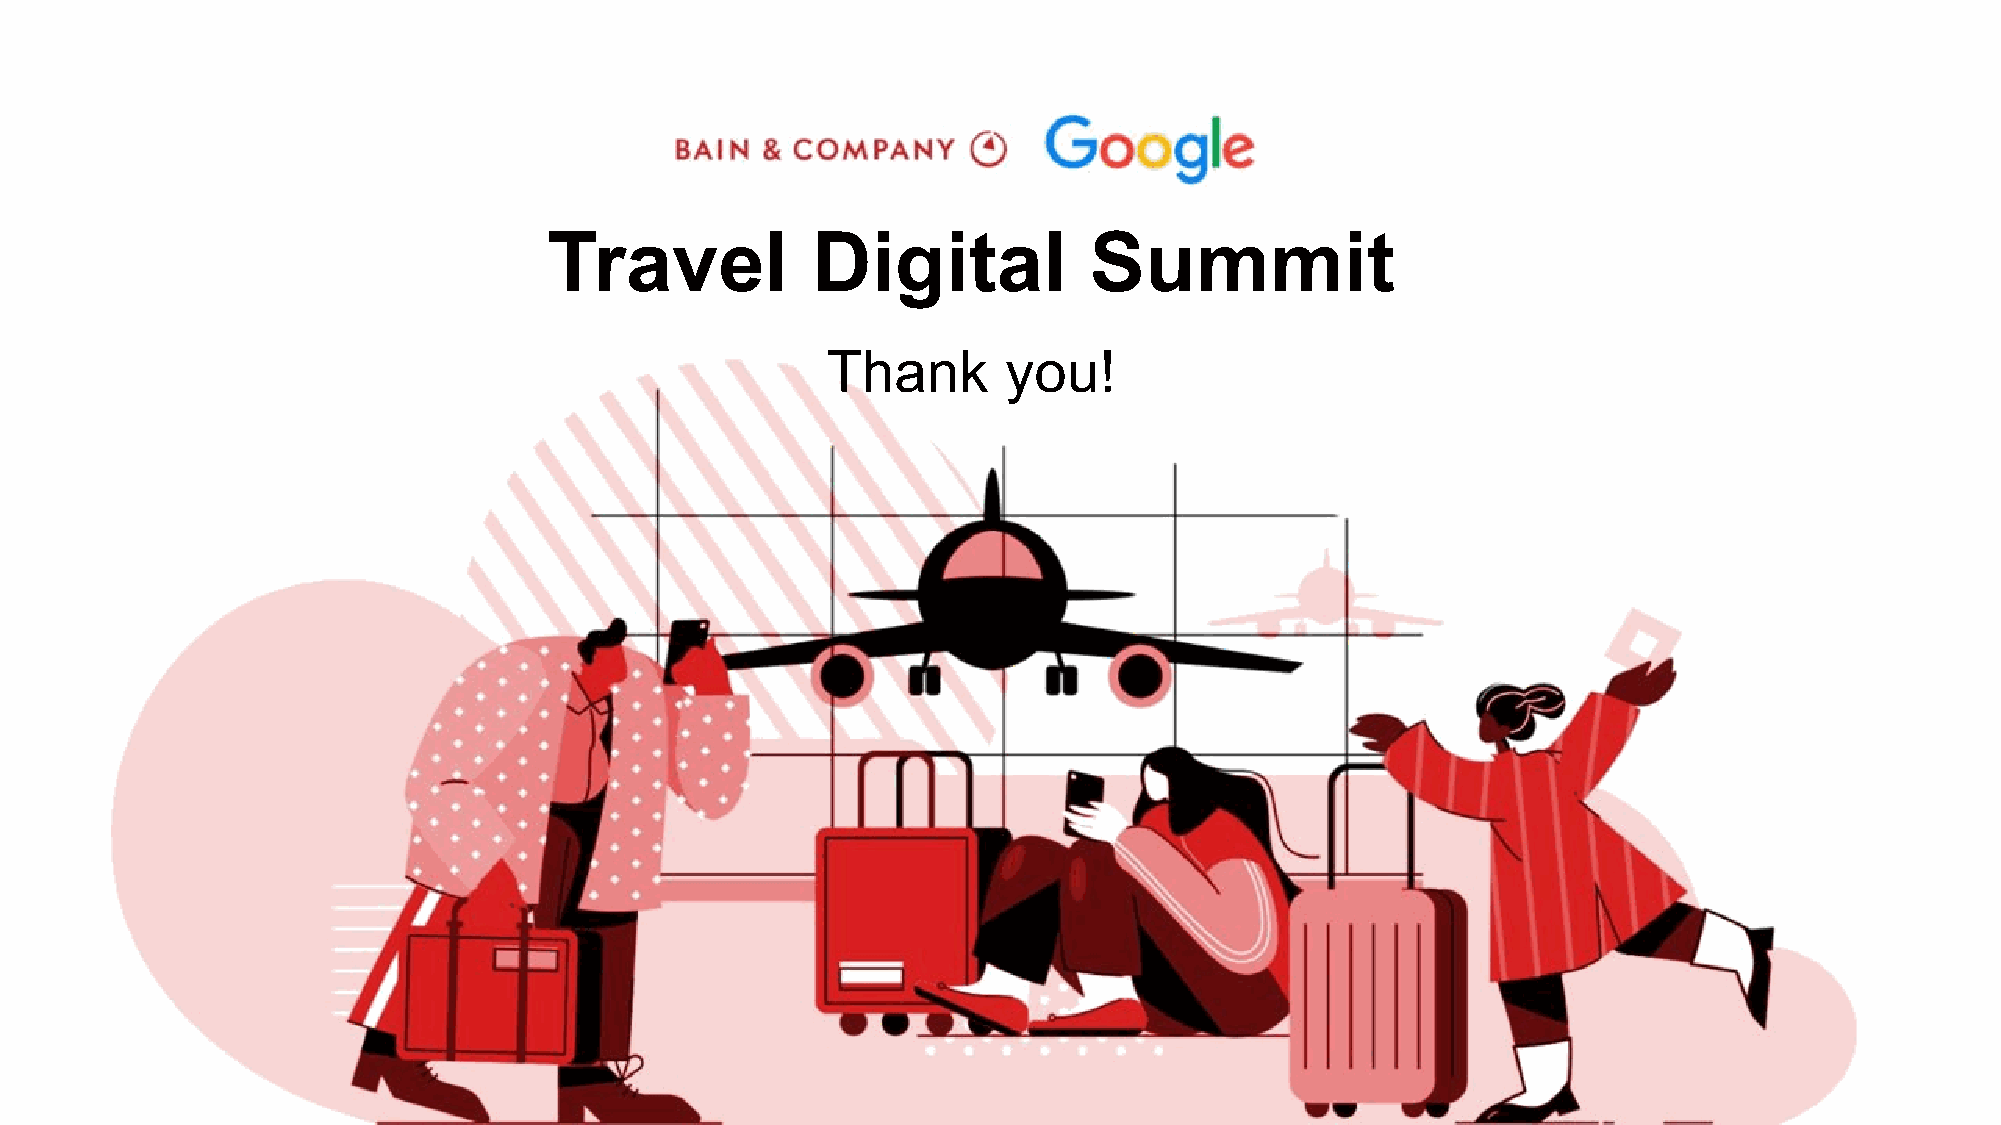
Travel            Digital           Summit
 Thank       you!